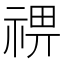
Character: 𥚈